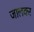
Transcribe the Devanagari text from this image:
जालकर